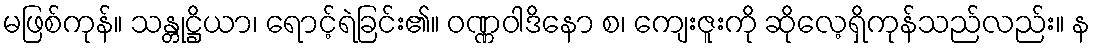
မဖြစ်ကုန်။ သန္တုဋ္ဌိယာ၊ ရောင့်ရဲခြင်း၏။ ဝဏ္ဏဝါဒိနော စ၊ ကျေးဇူးကို ဆိုလေ့ရှိကုန်သည်လည်း။ န